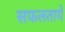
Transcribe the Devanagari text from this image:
सफलताये